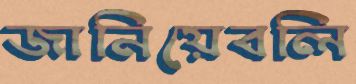
জানিয়েবলি